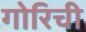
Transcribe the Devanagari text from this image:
गोरिची